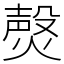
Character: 㷫